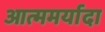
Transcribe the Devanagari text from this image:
आत्ममर्यादा